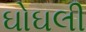
ઘોઘલી